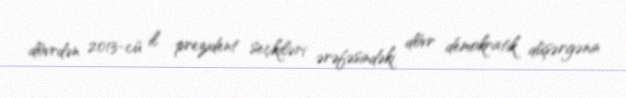
dövrdən 2013-cü il prezident seçkiləri ərəfəsindəki dövr demokratik düşərgənin